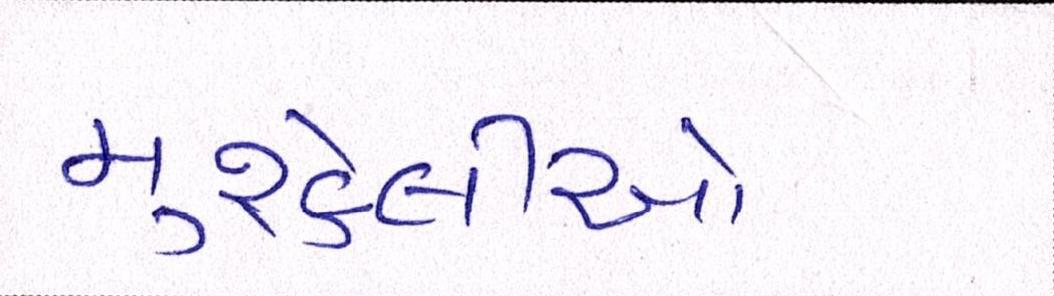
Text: મુશ્કેલીઓ